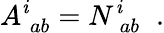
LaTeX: A_{\; ab}^{\mathit{i}}=N_{\; ab}^{\mathit{i}}\; \; .